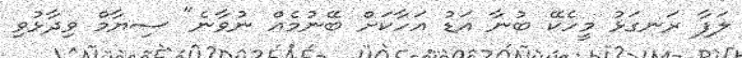
ލަފާ ރަނގަޅު މީހެކޭ ބުނާ އަޑު އަހާކަށް ބޭނުމެއް ނުވާނެ" ސިޔާމް ވިދާޅުވި